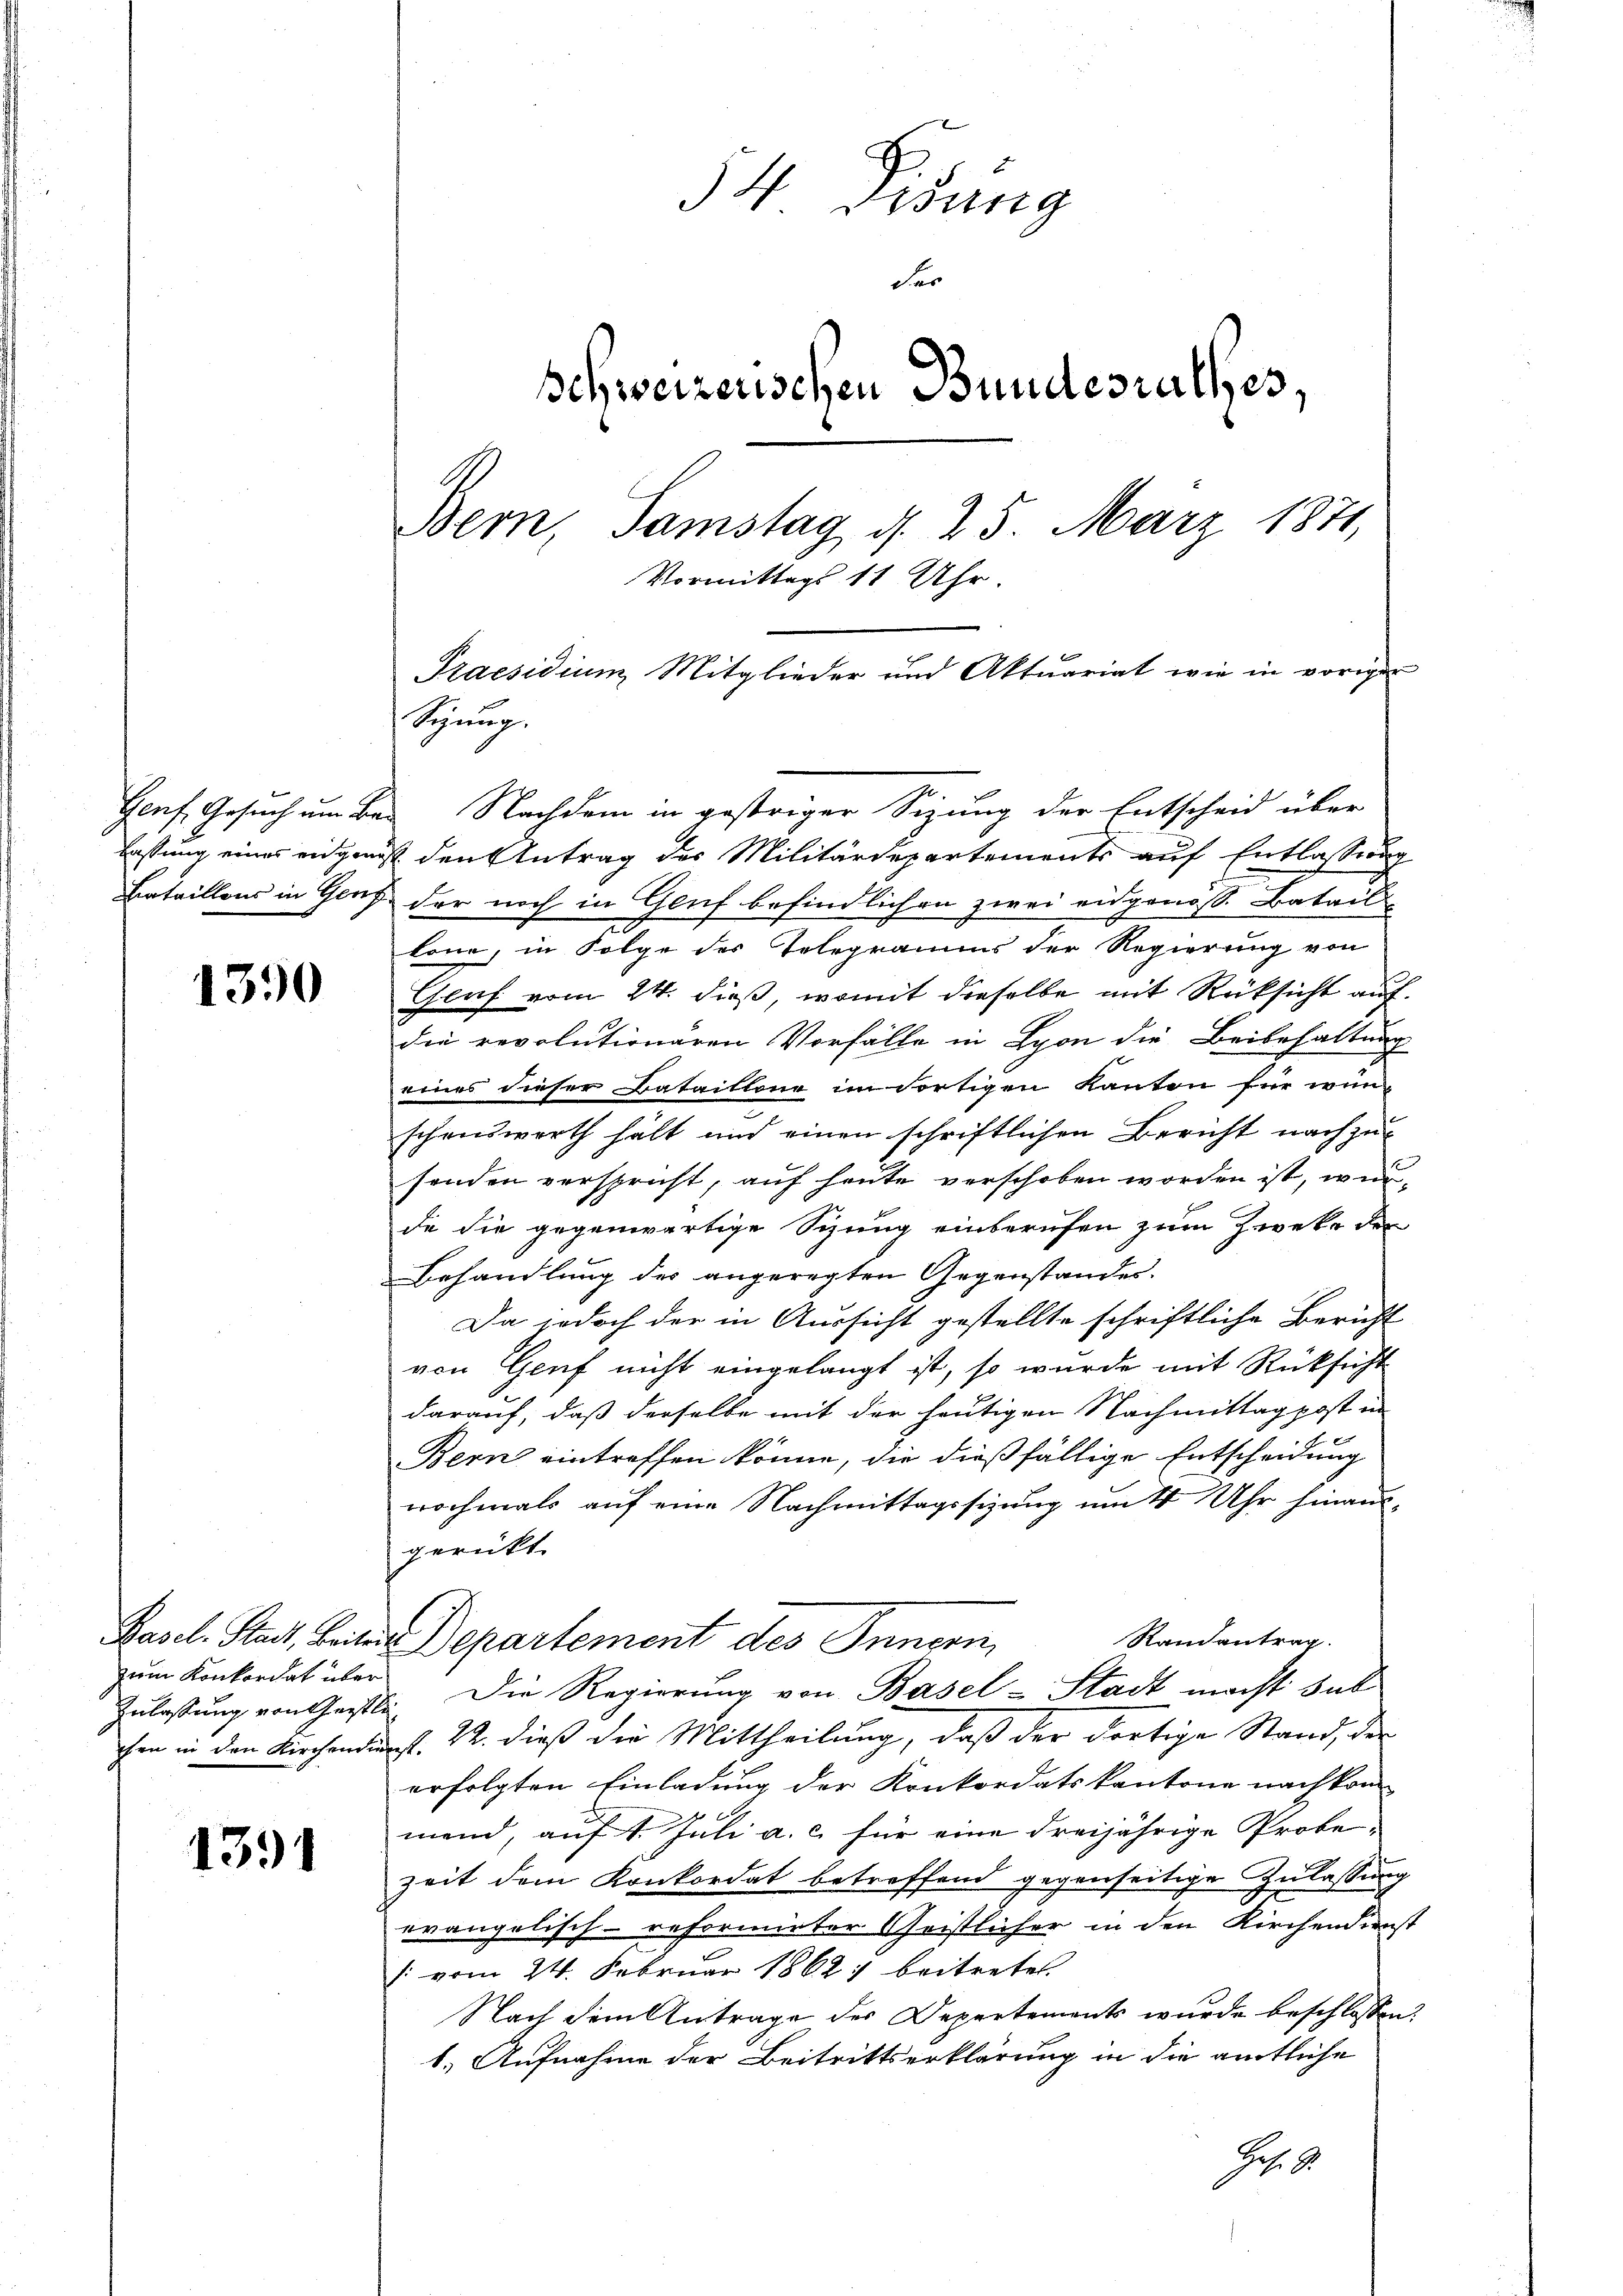
1390

1391

zum Konkordat über

Schnung
lastung eines eidgenuß den Antrag des Militärdepartements auf Entlassung
Bataillons in Genf der noch in Gruf befindlichen zwei eidgenoss. Batail-
könne, in Folge des Telegramms der Regierung von
Glaf vom 24. dieß, womit dieselbe mit Rücksicht auf
die revolutionären Vorfälle in Lyon die Beibehaltung
eines dieser Bataillone im dortigen Kanton für wün-
schenswerth hält und einen schriftlichen Bericht nachzusenden verspricht, auf heute verschoben worden ist, wurde die gegenwärtige Sitzung einberufen zum Zweke der
Behandlung des angeregten Gegenstandes.
Da jedoch der in Aussicht gestellte schriftliche Bericht
von Genf nicht eingelangt ist, so wurde mit Rücksicht
darauf, daß derselbe mit der heutigen Nachmittag post in
Bern eintreffen könne, die dießfällige Entscheidung
nochmals auf eine Nachmittagssizung um 4 Uhr hinausgerückt.
Randantrag.
Pasel. Stadt, Beitere Departement des Jungen,
Zulassung von Geste. Die Regierung von Basel-Stadt macht hat
chen in den Kirchendurt. 22. dieß die Mittheilung, daß der dortige Stand, der
erfolgten Einladung der Konkordatskantone nach kon
mend, auf 1. Juli a. c. für eine dreijährige Probezeit dem Konkordat betreffend gegenseitige Zulassung
evangelisch-reformirter Geistlicher in den Kirchendienst
[ vom 24. Februar 1862 beitretet.
Nach dem Antrage des Departements wurde beschlossen:
1.) Aufnahme der Beitrittserklärung in die amtliche
Geh.

54. Disung
der
schweizerischen Bundesrathes,
Bern, Samstag, d. 25. März 1871,
Vormittags 11 Uhr.
Praesidium Mitglieder und Aktuariat wie in vorigen

Genf, Gesuch um Bei Nachdem in gestriger Sizung der Entscheid über